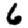
Digit: 6